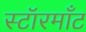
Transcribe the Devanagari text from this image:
स्टॉरमाँट